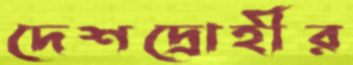
দেশদ্রোহীর